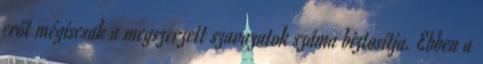
erőt mégiscsak a megszerzett szavazatok száma biztosítja. Ebben a